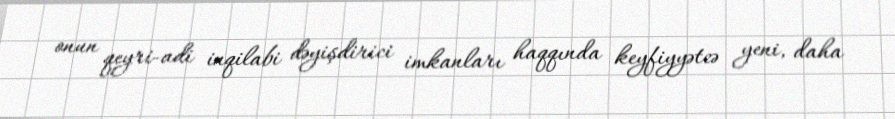
onun qeyri-adi inqilabi dəyişdirici imkanları haqqında keyfiyyətcə yeni, daha